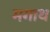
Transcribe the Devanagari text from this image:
मगाथ